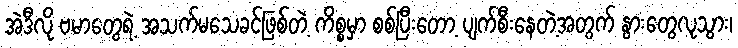
အဲဒီလို ဗမာတွေရဲ့ အသက်မသေခင်ဖြစ်တဲ့ ကိစ္စမှာ စစ်ပြီးတော့ ပျက်စီးနေတဲ့အတွက် နွားတွေလုသွား၊